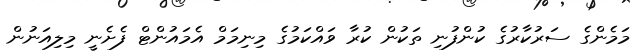
މަމެންގެ ސަރުކާރުގެ ކުންފުނި ތަކުން ކުރާ ވައްކަމުގެ މިނިމަމް އެމައުންޓް ފެށެނީ މިލިއަނުން